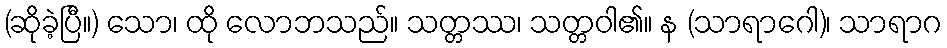
(ဆိုခဲ့ပြီ။) သော၊ ထို လောဘသည်။ သတ္တဿ၊ သတ္တဝါ၏။ န (သာရာဂေါ)၊ သာရာဂ